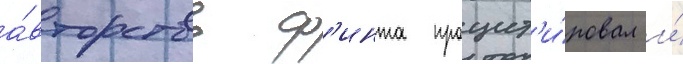
а́вторство ф'инта процит'и́ровал и́